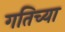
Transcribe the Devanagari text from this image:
गतिच्या